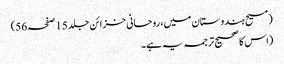
(مسیح ہندوستان میں، روحانی خزائن جلد 15 صفحہ 56)
(اس کا صحیح ترجمہ یہ ہے۔